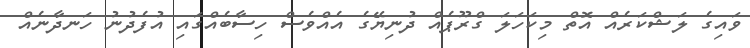
ވައިގެ ލަޝްކަރެއް އޮތް މިކަހަލަ ގްރޫޕެއް ދުނިޔޭގެ އެއްވެސް ހިސާބެއްގައި އުފެދުނު ހަނދާނެއް